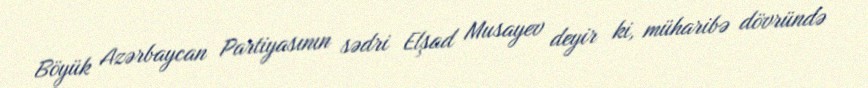
Böyük Azərbaycan Partiyasının sədri Elşad Musayev deyir ki, müharibə dövründə